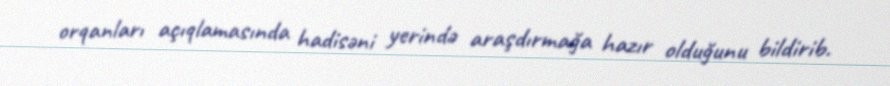
orqanları açıqlamasında hadisəni yerində araşdırmağa hazır olduğunu bildirib.